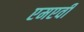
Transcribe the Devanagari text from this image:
एमएवी